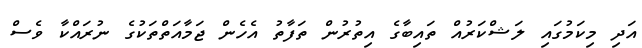
އަދި މިކަމުގައި ލަޝްކަރުއް ތައިބާގެ އިތުރުން ތަފާތު އެހެން ޖަމާއަތްތަކުގެ ނުރައްކާ ވެސް